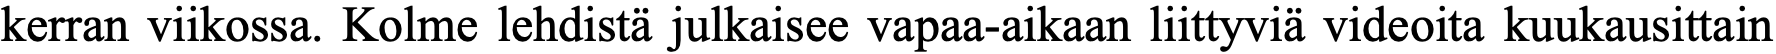
kerran viikossa. Kolme lehdistä julkaisee vapaa-aikaan liittyviä videoita kuukausittain